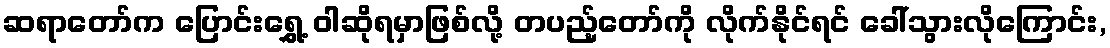
ဆရာတော်က ပြောင်းရွှေ့ ဝါဆိုရမှာဖြစ်လို့ တပည့်တော်ကို လိုက်နိုင်ရင် ခေါ်သွားလိုကြောင်း,